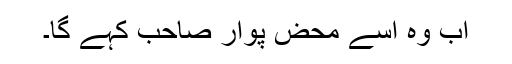
اب وہ اسے محض پوار صاحب کہے گا۔